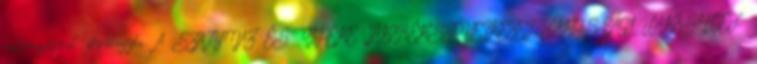
határozatával jóváhagyta. A SZATYMAZ ÉS VIDÉKE TAKARÉKSZÖVETKEZET LAKOSSÁGI LAKÁSHITEL